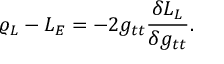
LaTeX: \varrho _ { L } - { \cal L } _ { E } = - 2 g _ { t t } { \frac { \delta { \cal L } _ { L } } { \delta g _ { t t } } } .